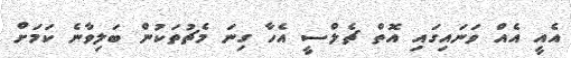
އެއީ އެއް ވަނައިގައި އޮތް ޗެލްސީ އެހާ ގިނަ މެޗުތަކުން ބަލިވާނެ ކަމަށް